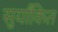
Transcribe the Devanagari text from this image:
सुर्यांकित